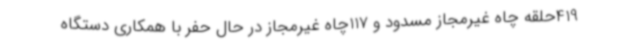
419حلقه چاه غیرمجاز مسدود و 117چاه غیرمجاز در حال حفر با همکاری دستگاه